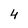
Character: 4